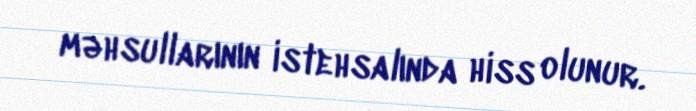
məhsullarının istehsalında hiss olunur.